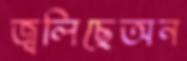
জ্বলিছেঅন